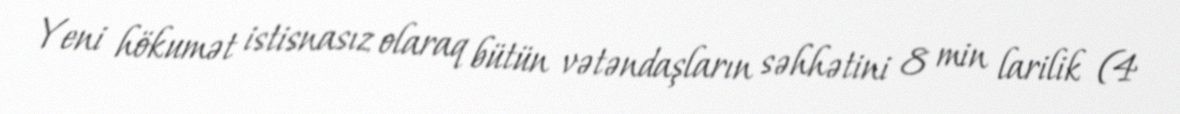
Yeni hökumət istisnasız olaraq bütün vətəndaşların səhhətini 8 min larilik (4